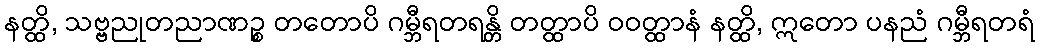
နတ္ထိ, သဗ္ဗညုတညာဏဉ္စ တတောပိ ဂမ္ဘီရတရန္တိ တတ္ထာပိ ဝဝတ္ထာနံ နတ္ထိ, ဣတော ပနညံ ဂမ္ဘီရတရံ